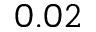
0 . 0 2